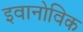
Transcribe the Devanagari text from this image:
इवानोविक